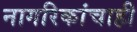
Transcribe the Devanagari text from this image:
नागरिकांचाही